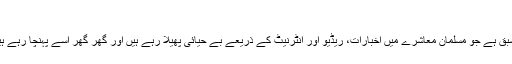
‘‘
اس آیت میں ان لوگوں کے لیے زبردست سبق ہے جو مسلمان معاشرے میں اخبارات، ریڈیو اور انٹرنیٹ کے ذریعے بے حیائی پھیلا رہے ہیں اور گھر گھر اسے پہنچا رہے ہیں اللہ کے ہاں کتنے بڑے مجرم ہوں گے۔